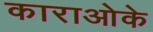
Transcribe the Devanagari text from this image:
काराओके